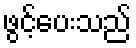
ဖွင့်ပေးသည်